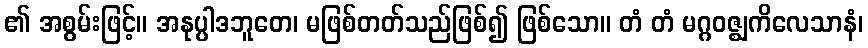
၏ အစွမ်းဖြင့်။ အနုပ္ပါဒဘူတေ၊ မဖြစ်တတ်သည်ဖြစ်၍ ဖြစ်သော။ တံ တံ မဂ္ဂဝဇ္ဈကိလေသာနံ၊